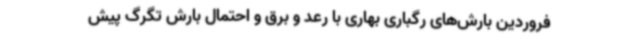
فروردین بارش‌های رگباری بهاری با رعد و برق و احتمال بارش تگرگ پیش